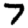
Digit: 7